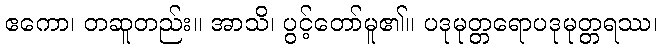
ဧကော၊ တဆူတည်း။ အာသိ၊ ပွင့်တော်မူ၏။ ပဒုမုတ္တရောပဒုမုတ္တရဿ၊